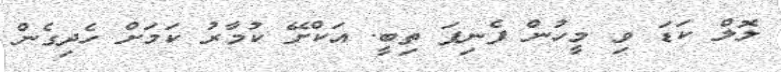
ލޮލް ކަޑަ ވި މީހުން ފެނިފަ ތިބީ. އަކްށޭ ކުމާރު ކަމަށް ހެދިގެން